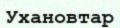
Ухановтар